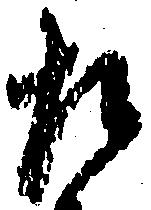
た